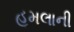
હૂમલાની